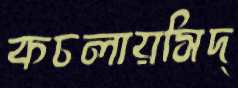
কচলায়সিদ্